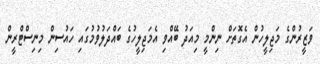
ވަޒީރުންގެ މަޖިލީހުން އެގޮތަށް ނިންމީ މިއަދު ބޭއްވި އެމަޖިލީހުގެ ބައްދަލުވުމުގައި ހައުސިން މިނިސްޓްރީން